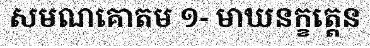
សមណគោតម ១- មាឃនក្ខត្តេន